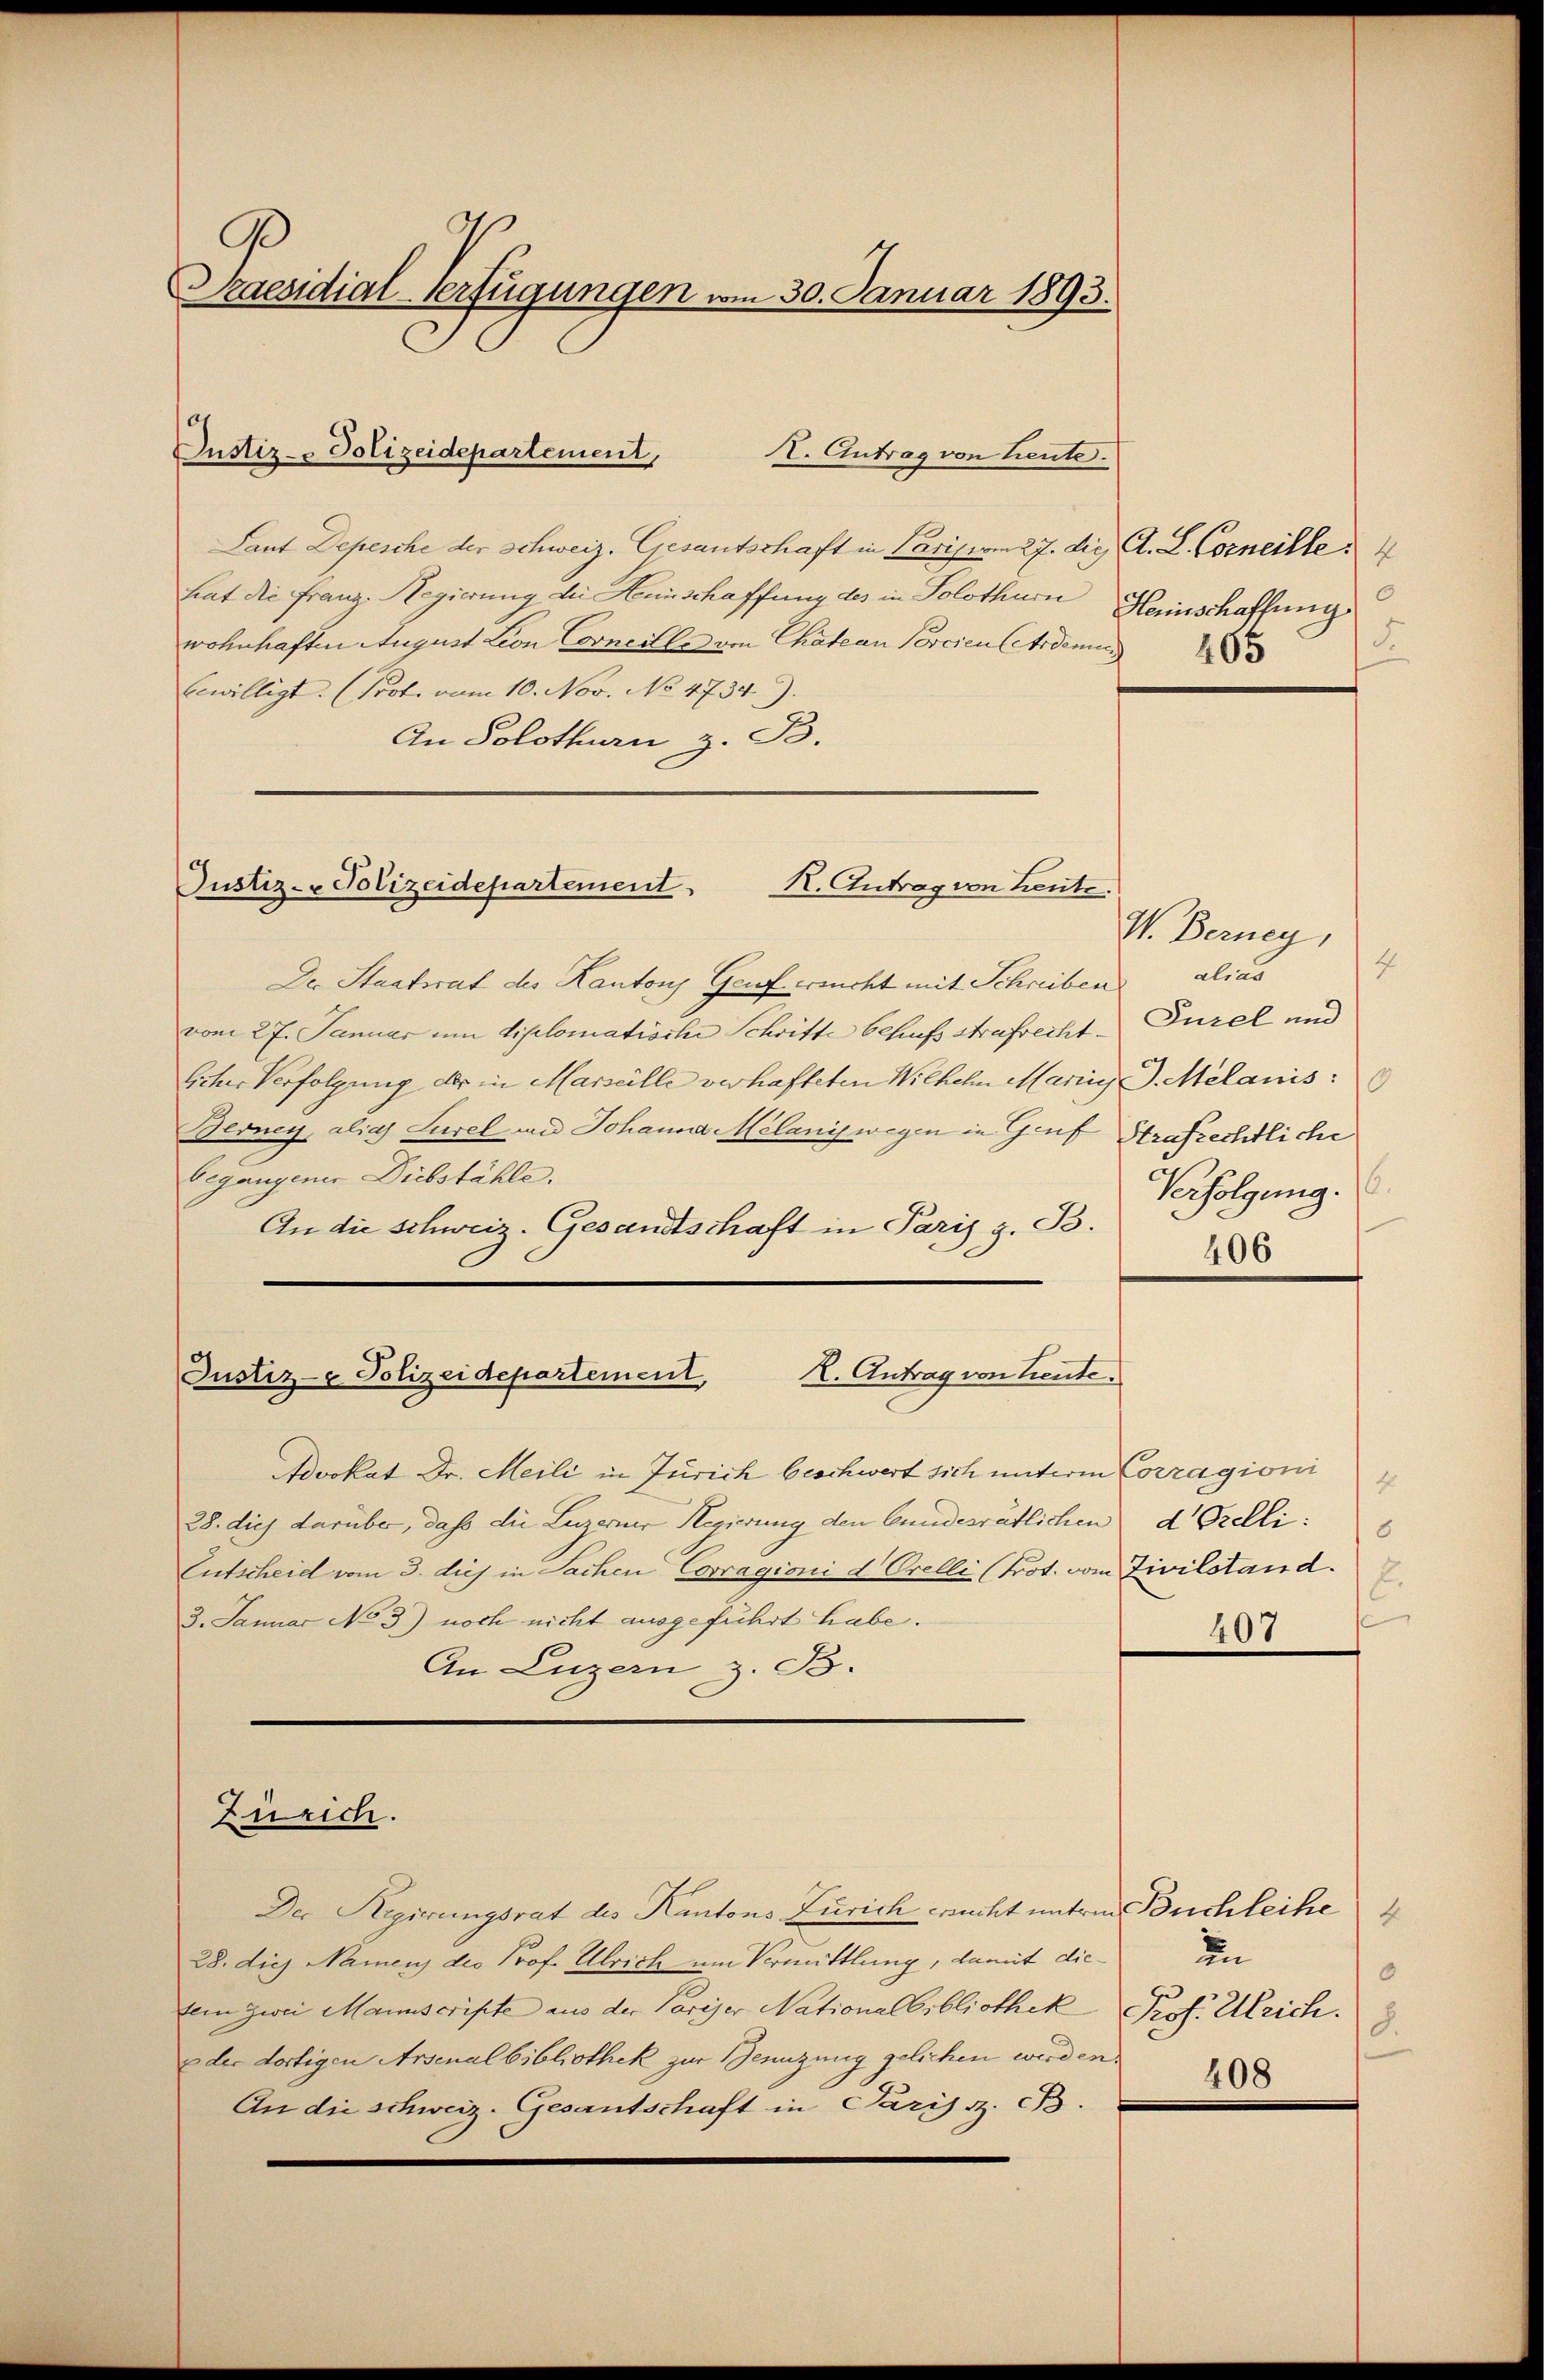
Praesidial-Verfügungen vom 30. Januar 1893.

Laut Depesche der Schweiz. Gesantschaft in Parision 27. die A. L. Corneille 4
hat die Franz-Regierung die Heinschaffung des in Solothurn
wohnhaften August Leon Concille von Chatean Poscien (Andener 183
bewilligt. (Prot. vom 10. Nov. No 4734).
An Solothurn z. B.

Justiz- Polizeidepartement,

I. Antrag von Leute.

Justiz- & Polizeidepartement
K. Antrag von heute.

Der Staatsrat des Kantons Graf ersucht mit Schreiben alias
vom 27. Januar um diplomatische Schritte behufs Strafrecht. Gurel und
Eicher Verfolgung der in Marseille verhafteten Wilhelm Marin d. Melanis
Berney, alia Lurel und Johanna élanij wegen in Graf Strafrechtliche
begangener Diebstähle.
An die schweiz. Gesandtschaft in Paris z. B.
Justiz- & Polizeidepartement, K. Antrag von heute.

Zürich.

0
Herinschaffung
d.

Advokat Dr. Meili in Zürich beschwert sich unterm Corragioni
28. dies darüber, daß die Luzerner Regierung den Gundesrätlichen
Entscheid vom 3. dies in Sachen Corragioni d. Orelli (Prot. vom Zivilstand.
3. Januar No 3) noch nicht ausgeführt habe.
An Luzern z. B.

Der Regierungsrat des Kantons Zürich recht unterm Buchleihe
28. dies Namens des Prof. Ulrich um Vermittlung, damit dietein zwei Manuscripte aus der Pariser Nationalbibliothek Prof. Ulrich.
eder dortigen Arsenalbibliothek zur Benuzung gelichen werden.
An die schweiz. Gesantschaft in Pariss. c.

V. Berney,

4
Verfolgung.
406

4
d Belli:
6
E.
407

4
in
0
8.
408